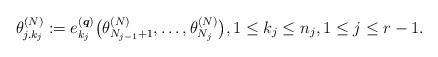
LaTeX: \begin{gather*} \theta_{j.k_{j}}^{(N)}:= e^{({\boldsymbol{q}})}_{k_{j}}\big(\theta_{N_{j-1}+1}^{(N)},\ldots,\theta_{N_{j}}^{(N)}\big), 1 \le k_j \le n_j, 1 \le j \le r-1.\end{gather*}